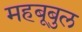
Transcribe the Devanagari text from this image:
महबूबुल